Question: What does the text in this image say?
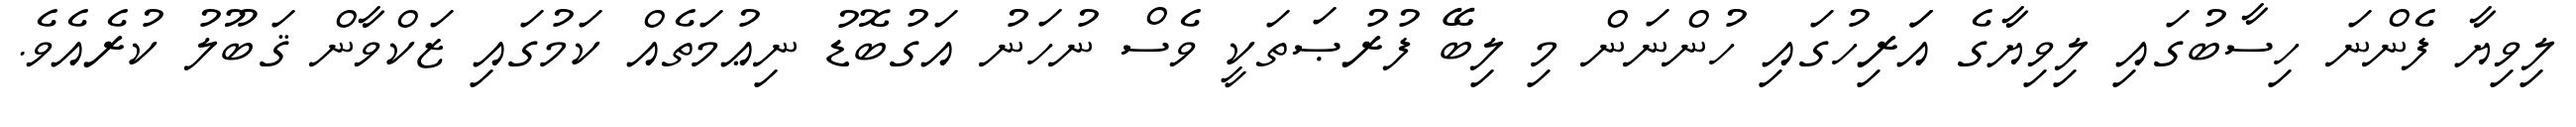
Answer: ލިވިޔާ ފެންނަ ހިސާބުގައި ލިވިޔާގެ އަަރިހުގައި ހުންނަން މި ލިބޭ ފުރުޞަތަކީ ވެސް ނުހަނު އަގުބޮޑު ނިޢުމަތެއް ކަމުގައި ޒަކްވާން ޤަބޫލު ކުރެއެވެ.